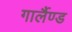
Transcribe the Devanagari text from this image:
गार्लैण्ड